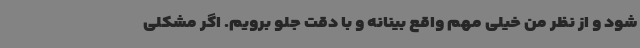
شود و از نظر من خیلی مهم واقع بینانه و با دقت جلو برویم. اگر مشکلی